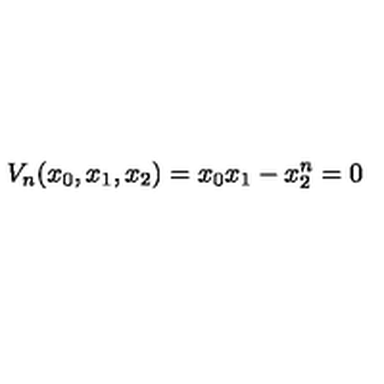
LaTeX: { V _ { n } } ( { x _ { 0 } } , { x _ { 1 } } , { x _ { 2 } } ) = { x _ { 0 } } { x _ { 1 } } - { x _ { 2 } ^ { n } } = 0